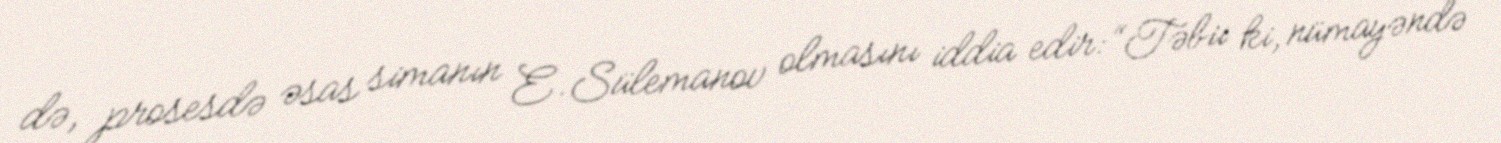
də, prosesdə əsas simanın E.Sülemanov olmasını iddia edir: “Təbii ki, nümayəndə